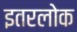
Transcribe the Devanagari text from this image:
इतरलोक